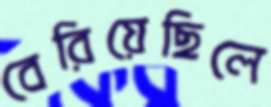
বেরিয়েছিলে